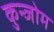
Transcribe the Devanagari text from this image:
कुन्जोम